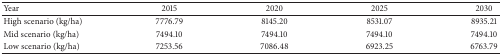
| Year | 2015 | 2020 | 2025 | 2030 |
 | --- | --- | --- | --- | --- |
 | High scenario (kg/ha) | 7776.79 | 8145.20 | 8531.07 | 8935.21 |
 | Mid scenario (kg/ha) | 7494.10 | 7494.10 | 7494.10 | 7494.10 |
 | Low scenario (kg/ha) | 7253.56 | 7086.48 | 6923.25 | 6763.79 |